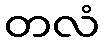
တလံ